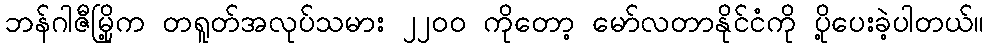
ဘန်ဂါဇီမြို့က တရူတ်အလုပ်သမား ၂၂၀၀ ကိုတော့ မော်လတာနိုင်ငံကို ပို့ပေးခဲ့ပါတယ်။